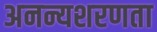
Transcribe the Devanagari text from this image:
अनन्यशरणता